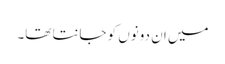
میں ان دونوں کو جانتا تھا۔